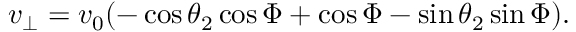
\begin{array} { r } { v _ { \perp } = v _ { 0 } ( - \cos \theta _ { 2 } \cos \Phi + \cos \Phi - \sin \theta _ { 2 } \sin \Phi ) . } \end{array}